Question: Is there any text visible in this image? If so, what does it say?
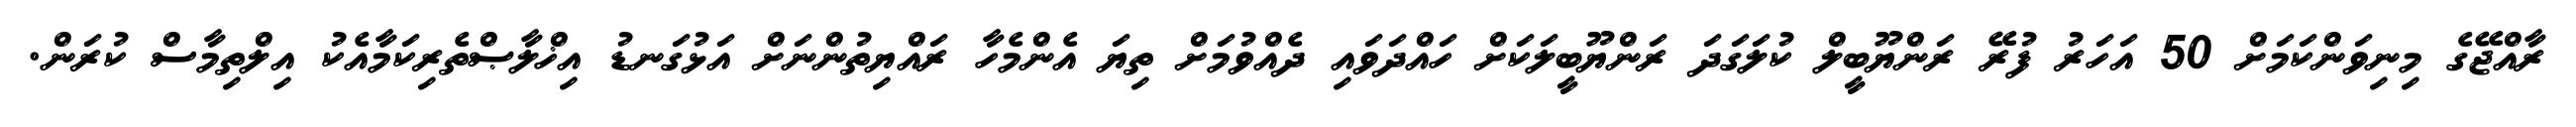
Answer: ރާއްޖޭގެ މިނިވަންކަމަށް 50 އަހަރު ފުރޭ ރަންޔޫބީލް ކުލަގަދަ ރަންޔޫބީލަކަށް ހައްދަވައި ދެއްވުމަށް ތިޔަ އެންމެހާ ރައްޔިތުންނަށް އަޅުގަނޑު އިޚްލާޞްތެރިކަމާއެކު އިލްތިމާސް ކުރަން.